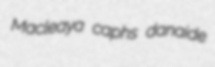
Macleaya caphs danaide